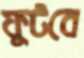
ফুটবে